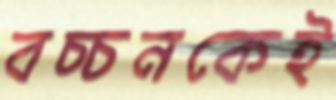
বচ্চনকেই